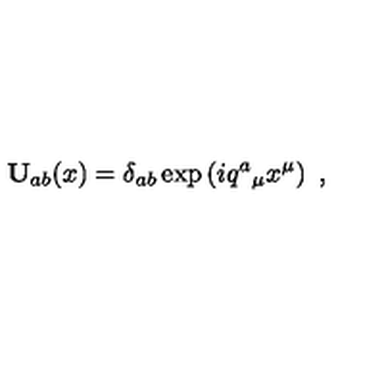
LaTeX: \mathbf { U } _ { a b } ( x ) = \delta _ { a b } \exp \left( i q ^ { a } { } _ { \mu } x ^ { \mu } \right) \ ,